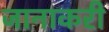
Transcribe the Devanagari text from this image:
जानाकरी